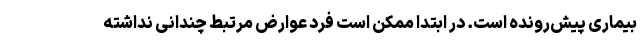
بیماری پیش‌رونده است. در ابتدا ممکن است فرد عوارض مرتبط چندانی نداشته